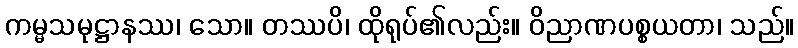
ကမ္မသမုဋ္ဌာနဿ၊ သော။ တဿပိ၊ ထိုရုပ်၏လည်း။ ဝိညာဏပစ္စယတာ၊ သည်။